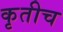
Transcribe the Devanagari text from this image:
कृतीच